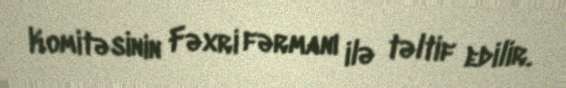
Komitəsinin Fəxri fərmanı ilə təltif edilir.